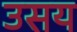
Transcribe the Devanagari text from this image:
उसय